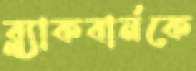
ব্ল্যাকবার্নকে